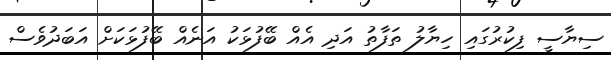
ސިޔާސީ ފިކުރުގައި ހިޔާލު ތަފާތު އަދި އެއް ބޭފުޅަކު އަނެއް ބޭފުޅަކަށް އަބަދުވެސް